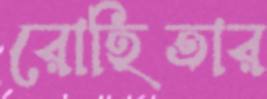
রোহিতার